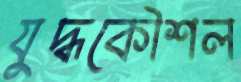
যুদ্ধকৌশল